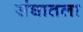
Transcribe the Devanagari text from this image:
संघातला